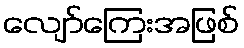
လျော်ကြေးအဖြစ်